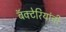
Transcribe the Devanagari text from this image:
बॅक्‍टेरियांची